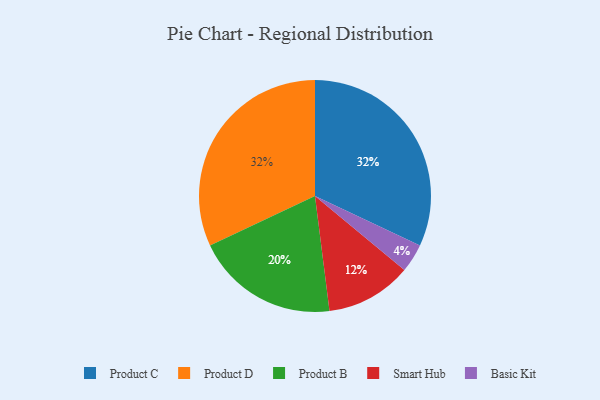
{"axis": {"x": "Category", "y": "Percentage"}, "legend": ["Basic Kit", "Product B", "Product C", "Product D", "Smart Hub"], "data": [{"x": "Product C", "y": 32, "type": "Product C"}, {"x": "Product B", "y": 20, "type": "Product B"}, {"x": "Product D", "y": 32, "type": "Product D"}, {"x": "Basic Kit", "y": 4, "type": "Basic Kit"}, {"x": "Smart Hub", "y": 12, "type": "Smart Hub"}]}